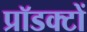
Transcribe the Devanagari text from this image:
प्रॉडक्टों